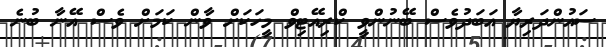
ސައުންދަރިޔާ އަބަދުވެސް ބޭނުންވީ ކްރިއޭޓިވް މީހަކަށް ވާން ކަމަށް ވެސް އޭނާ ބުނެ